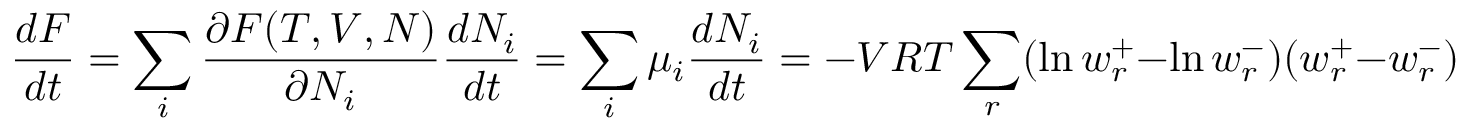
{ \frac { d F } { d t } } = \sum _ { i } { \frac { \partial F ( T , V , N ) } { \partial N _ { i } } } { \frac { d N _ { i } } { d t } } = \sum _ { i } \mu _ { i } { \frac { d N _ { i } } { d t } } = - V R T \sum _ { r } ( \ln w _ { r } ^ { + } - \ln w _ { r } ^ { - } ) ( w _ { r } ^ { + } - w _ { r } ^ { - } ) \leq 0